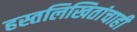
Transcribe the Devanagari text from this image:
हस्तलिखितांचाही